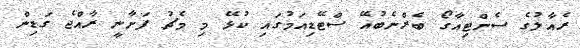
ރެއާލުގެ ސެންޓިއާގޯ ބެރްނެބުއޭ ސްޓޭޑިއަމުގައި ކުޅޭ މި މެޗު ފަށާނީ ރާއްޖެ ގަޑިން